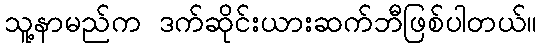
သူ့နာမည်က ဒက်ဆိုင်းယားဆက်ဘီဖြစ်ပါတယ်။